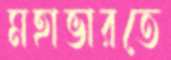
মহাভারতে